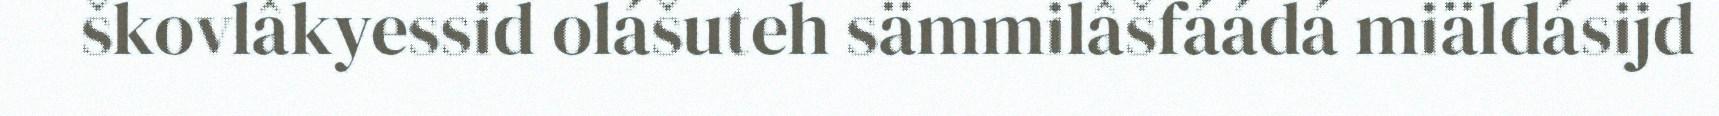
škovlâkyessid olášuteh sämmilâšfáádá miäldásijd